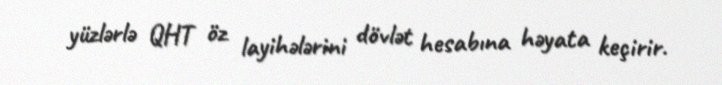
yüzlərlə QHT öz layihələrini dövlət hesabına həyata keçirir.